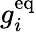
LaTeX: g_{i}^{\mathrm{{eq}}}